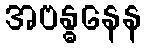
အဗန္ဓနေန